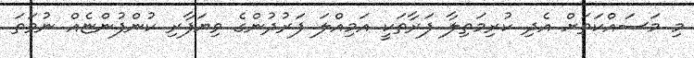
މި މަސައްކަތަށް އެދި ކުރިމަތިލާ ފަރާތަކީ އަމިއްލަ ފަރުދުންގެ ވިޔަފާރި ކުންފުންޏެއް ނުވަތަ